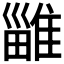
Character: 𨿴